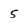
Character: 5